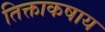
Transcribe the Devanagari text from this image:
तिक्ताकषाय